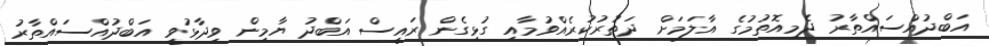
އަބްދުއްސައްތާރު ދެމިއޮތުމުގެ އާލަމަށް ދަތުރުކުރެއްވުމާއި ގުޅިގެން ރައީސް އަބްދު ޔާމިން ވިދާޅުވީ އަބްދުއްސައްތާރު